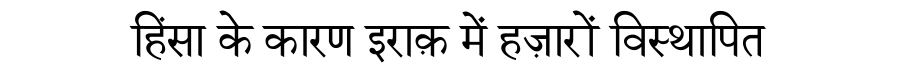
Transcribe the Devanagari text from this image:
हिंसा के कारण इराक़ में हज़ारों विस्थापित